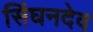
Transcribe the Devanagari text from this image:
सिंघनदेव